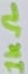
Text: 1kΩ